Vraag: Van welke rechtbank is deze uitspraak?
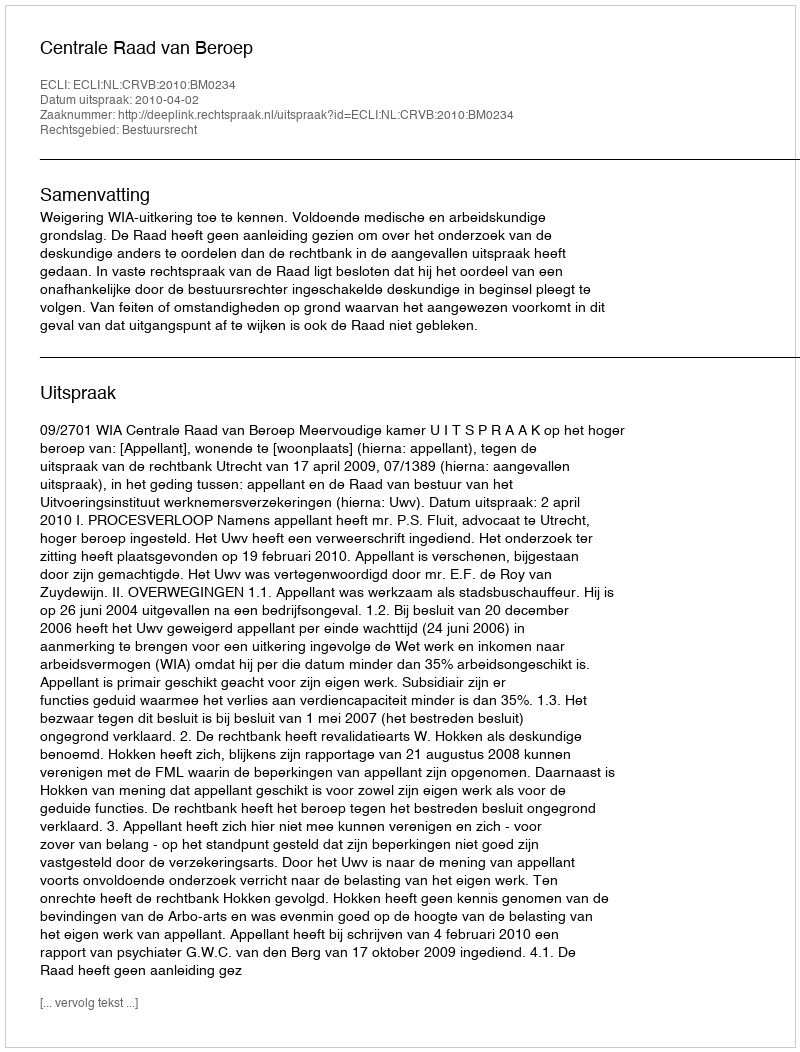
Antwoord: Centrale Raad van Beroep